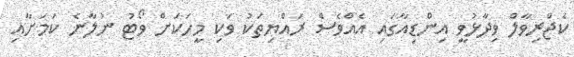
ކެޖްރިވާލް ވިދާޅުވީ އިންޑިއާގައި އެއްވެސް ރައްޔިތަކު ވަކި މީހަކަށް ވޯޓު ނުލާނެ ކަމަށާއި